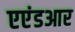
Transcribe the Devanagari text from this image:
एएंडआर